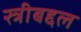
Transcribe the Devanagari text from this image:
स्त्रीबद्दल